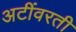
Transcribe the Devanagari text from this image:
अटींवरती